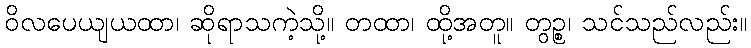
ဝိလပေယျယထာ၊ ဆိုရာသကဲ့သို့။ တထာ၊ ထို့အတူ။ တွဉ္စ၊ သင်သည်လည်း။